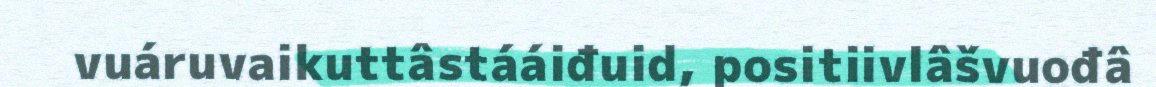
vuáruvaikuttâstááiđuid, positiivlâšvuođâ